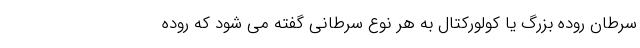
سرطان روده بزرگ یا کولورکتال به هر نوع سرطانی گفته می شود که روده